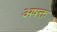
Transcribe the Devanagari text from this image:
अषक्त